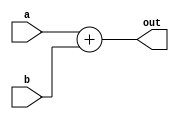
module Adder_branch(a,b,out);


input [31:0] a,b;
output [31:0] out;

assign out = a+b;

endmodule